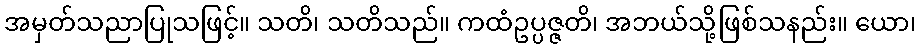
အမှတ်သညာပြုသဖြင့်။ သတိ၊ သတိသည်။ ကထံဥပ္ပဇ္ဇတိ၊ အဘယ်သို့ဖြစ်သနည်း။ ယော၊